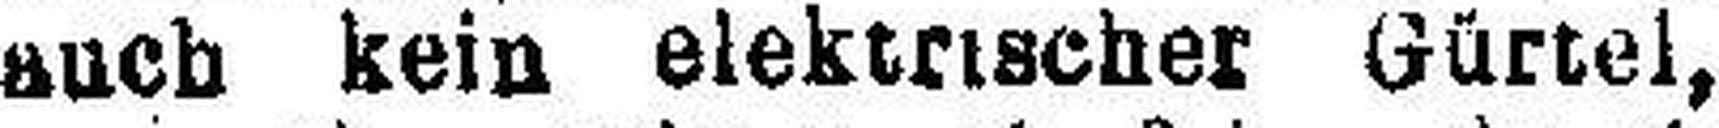
such kein elektrischer Gürtel,